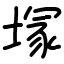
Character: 塜